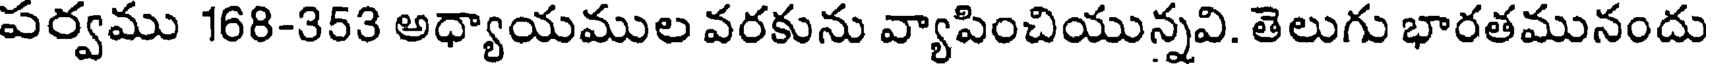
పర్వము 168-353 అధ్యాయముల వరకును వ్యాపించియున్నవి. తెలుగు భారతమునందు